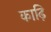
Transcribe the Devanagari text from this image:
काढ़ि